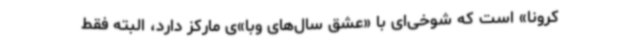
کرونا» است که شوخی‌ای با «عشق سال‌های وبا»ی مارکز دارد، البته فقط